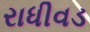
રાધીવડ